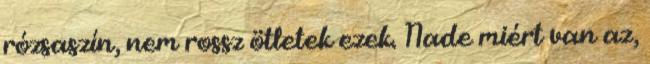
rózsaszín, nem rossz ötletek ezek. Nade miért van az,